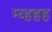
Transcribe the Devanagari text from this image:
म्व्हहह